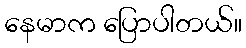
နေမာက ပြောပါတယ်။